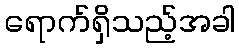
ရောက်ရှိသည့်အခါ